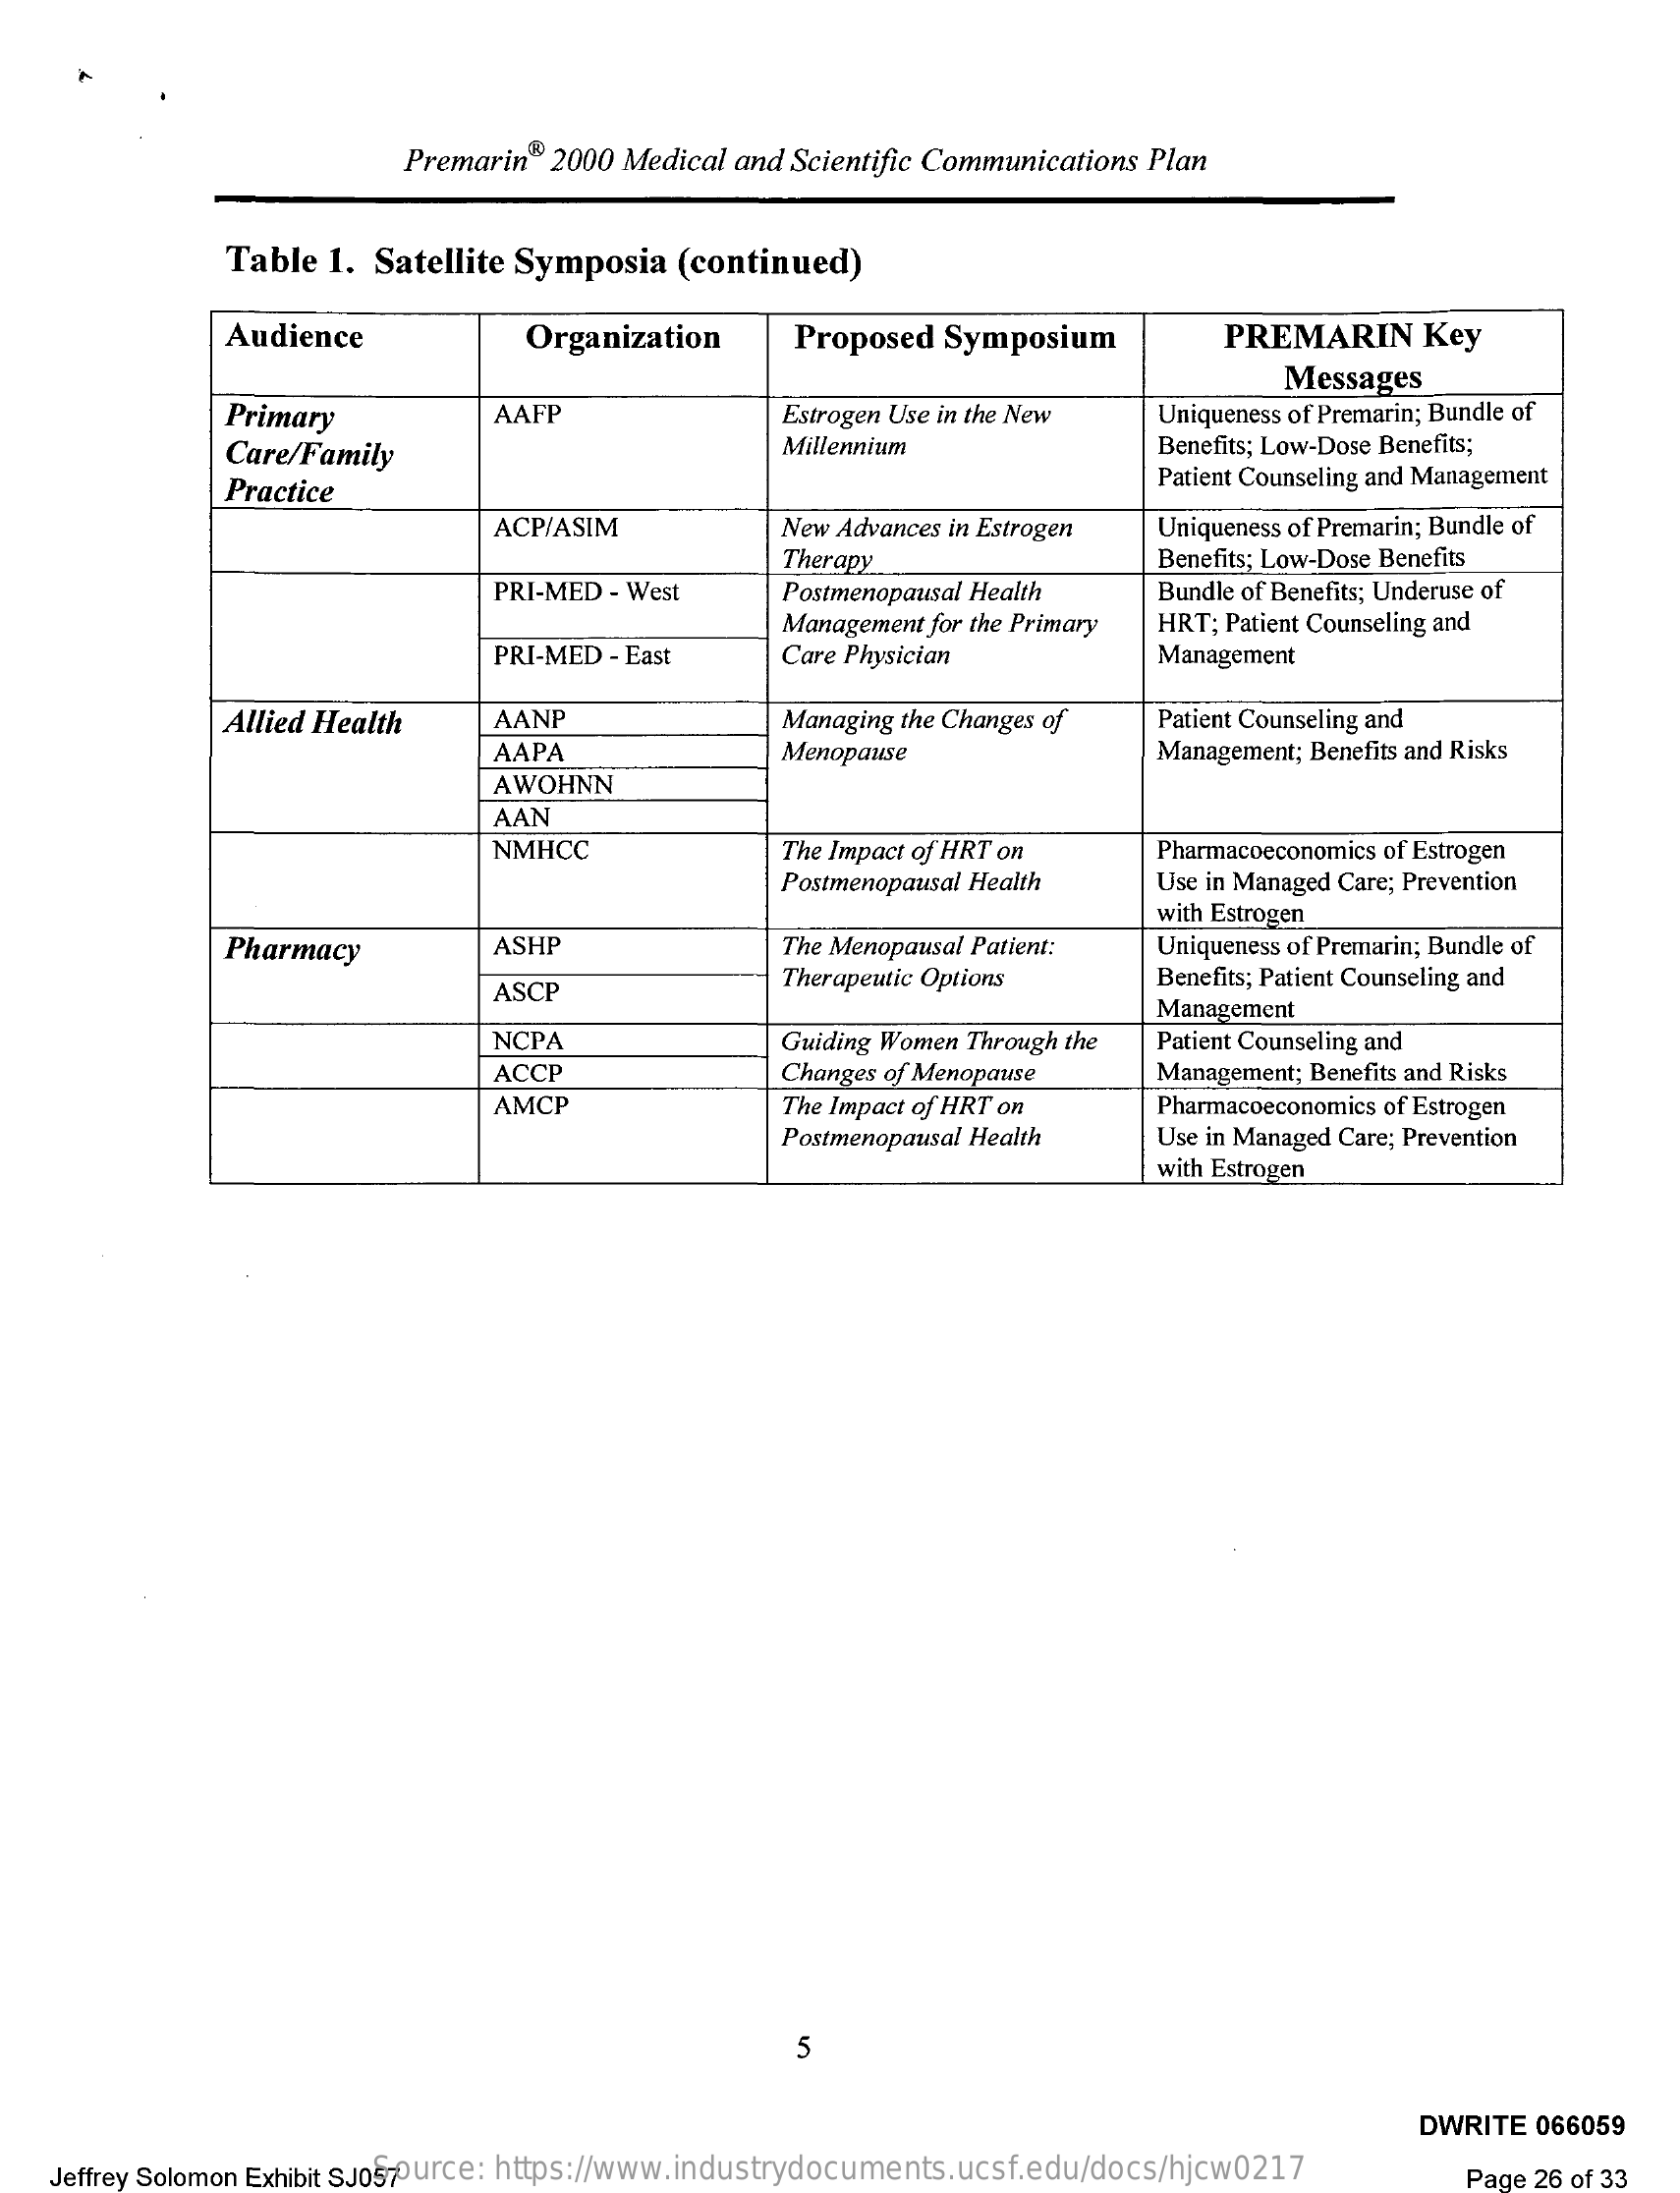
Premarin® 2000 Medical and Scientific Communications Plan
     Table 1. Satellite Symposia (continued)
     Audience    Organization    Proposed Symposium    PREMARIN    Key
     Messages
     Primary    AAFP    Estrogen Use in the New Uniqueness of Premarin; Bundle of
     Care/Family    Millennium    Benefits; Low-Dose Benefits;
     Practice    Patient Counseling and Management
     ACP/ASIM    New Advances in Estrogen Uniqueness of Premarin; Bundle of
     Therapy    Benefits; Low-Dose Benefits
     PRI-MED - West    Postmenopausal Health
     Management for the Primary
     Bundle of Benefits; Underuse of
     HRT; Patient Counseling and
     PRI-MED - East   Care Physician    Management
     Allied Health   AANP    Managing the Changes of Patient Counseling and
     AAPA    Menopause    Management; Benefits and Risks
     AWOHNN
     AAN
     NMHCC    The Impact of HRT on
     Postmenopausal Health
     Pharmacoeconomics of Estrogen
     Use in Managed Care; Prevention
     with Estrogen
     Pharmacy    ASHP    The Menopausal Patient: Uniqueness of Premarin; Bundle of
     ASCP    Therapeutic Options   Benefits; Patient Counseling and
     Management
     NCPA    Guiding Women Through the Patient Counseling and
     ACCP    Changes of Menopause  Management; Benefits and Risks
     AMCP    The Impact of HRT on
     Postmenopausal Health
     Pharmacoeconomics of Estrogen
     Use in Managed Care; Prevention
     with Estrogen
     5
     DWRITE 066059
    Jeffrey Solomon Exhibit SJ057 Source: https://www.industrydocuments.ucsf.edu/docs/hjcw0217 Page 26 of 33